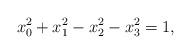
LaTeX: \begin{align*}x_0^2 +x_1^2 -x_2^2 -x_3^2 =1,\end{align*}